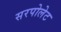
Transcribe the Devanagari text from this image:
सरपोलेट